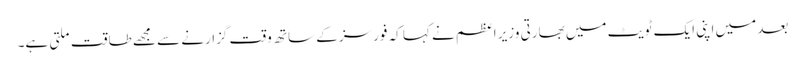
بعد میں اپنی ایک ٹویٹ میں بھارتی وزیر اعظم نے کہا کہ فورسز کے ساتھ وقت گزارنے سے مجھے طاقت ملتی ہے۔